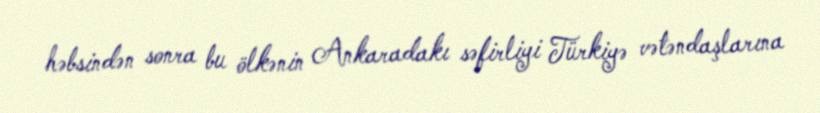
həbsindən sonra bu ölkənin Ankaradakı səfirliyi Türkiyə vətəndaşlarına